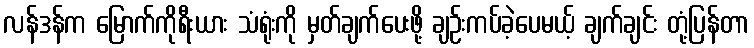
လန်ဒန်က မြောက်ကိုရီးယား သံရုံးကို မှတ်ချက်ပေးဖို့ ချဉ်းကပ်ခဲ့ပေမယ့် ချက်ချင်း တုံ့ပြန်တာ